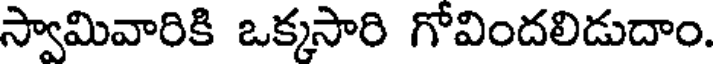
స్వామివారికి ఒక్కసారి గోవిందలిడుదాం.